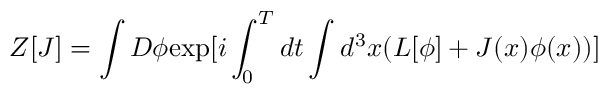
Z [ J ] = \int D \phi \mathrm { e x p } [ i \int _ { 0 } ^ { \cal T } d t \int d ^ { 3 } x ( { \cal L } [ \phi ] + J ( x ) \phi ( x ) ) ]